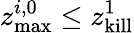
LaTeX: z_{\mathrm{max}}^{i,0}\leq z_{\mathrm{kill}}^{1}